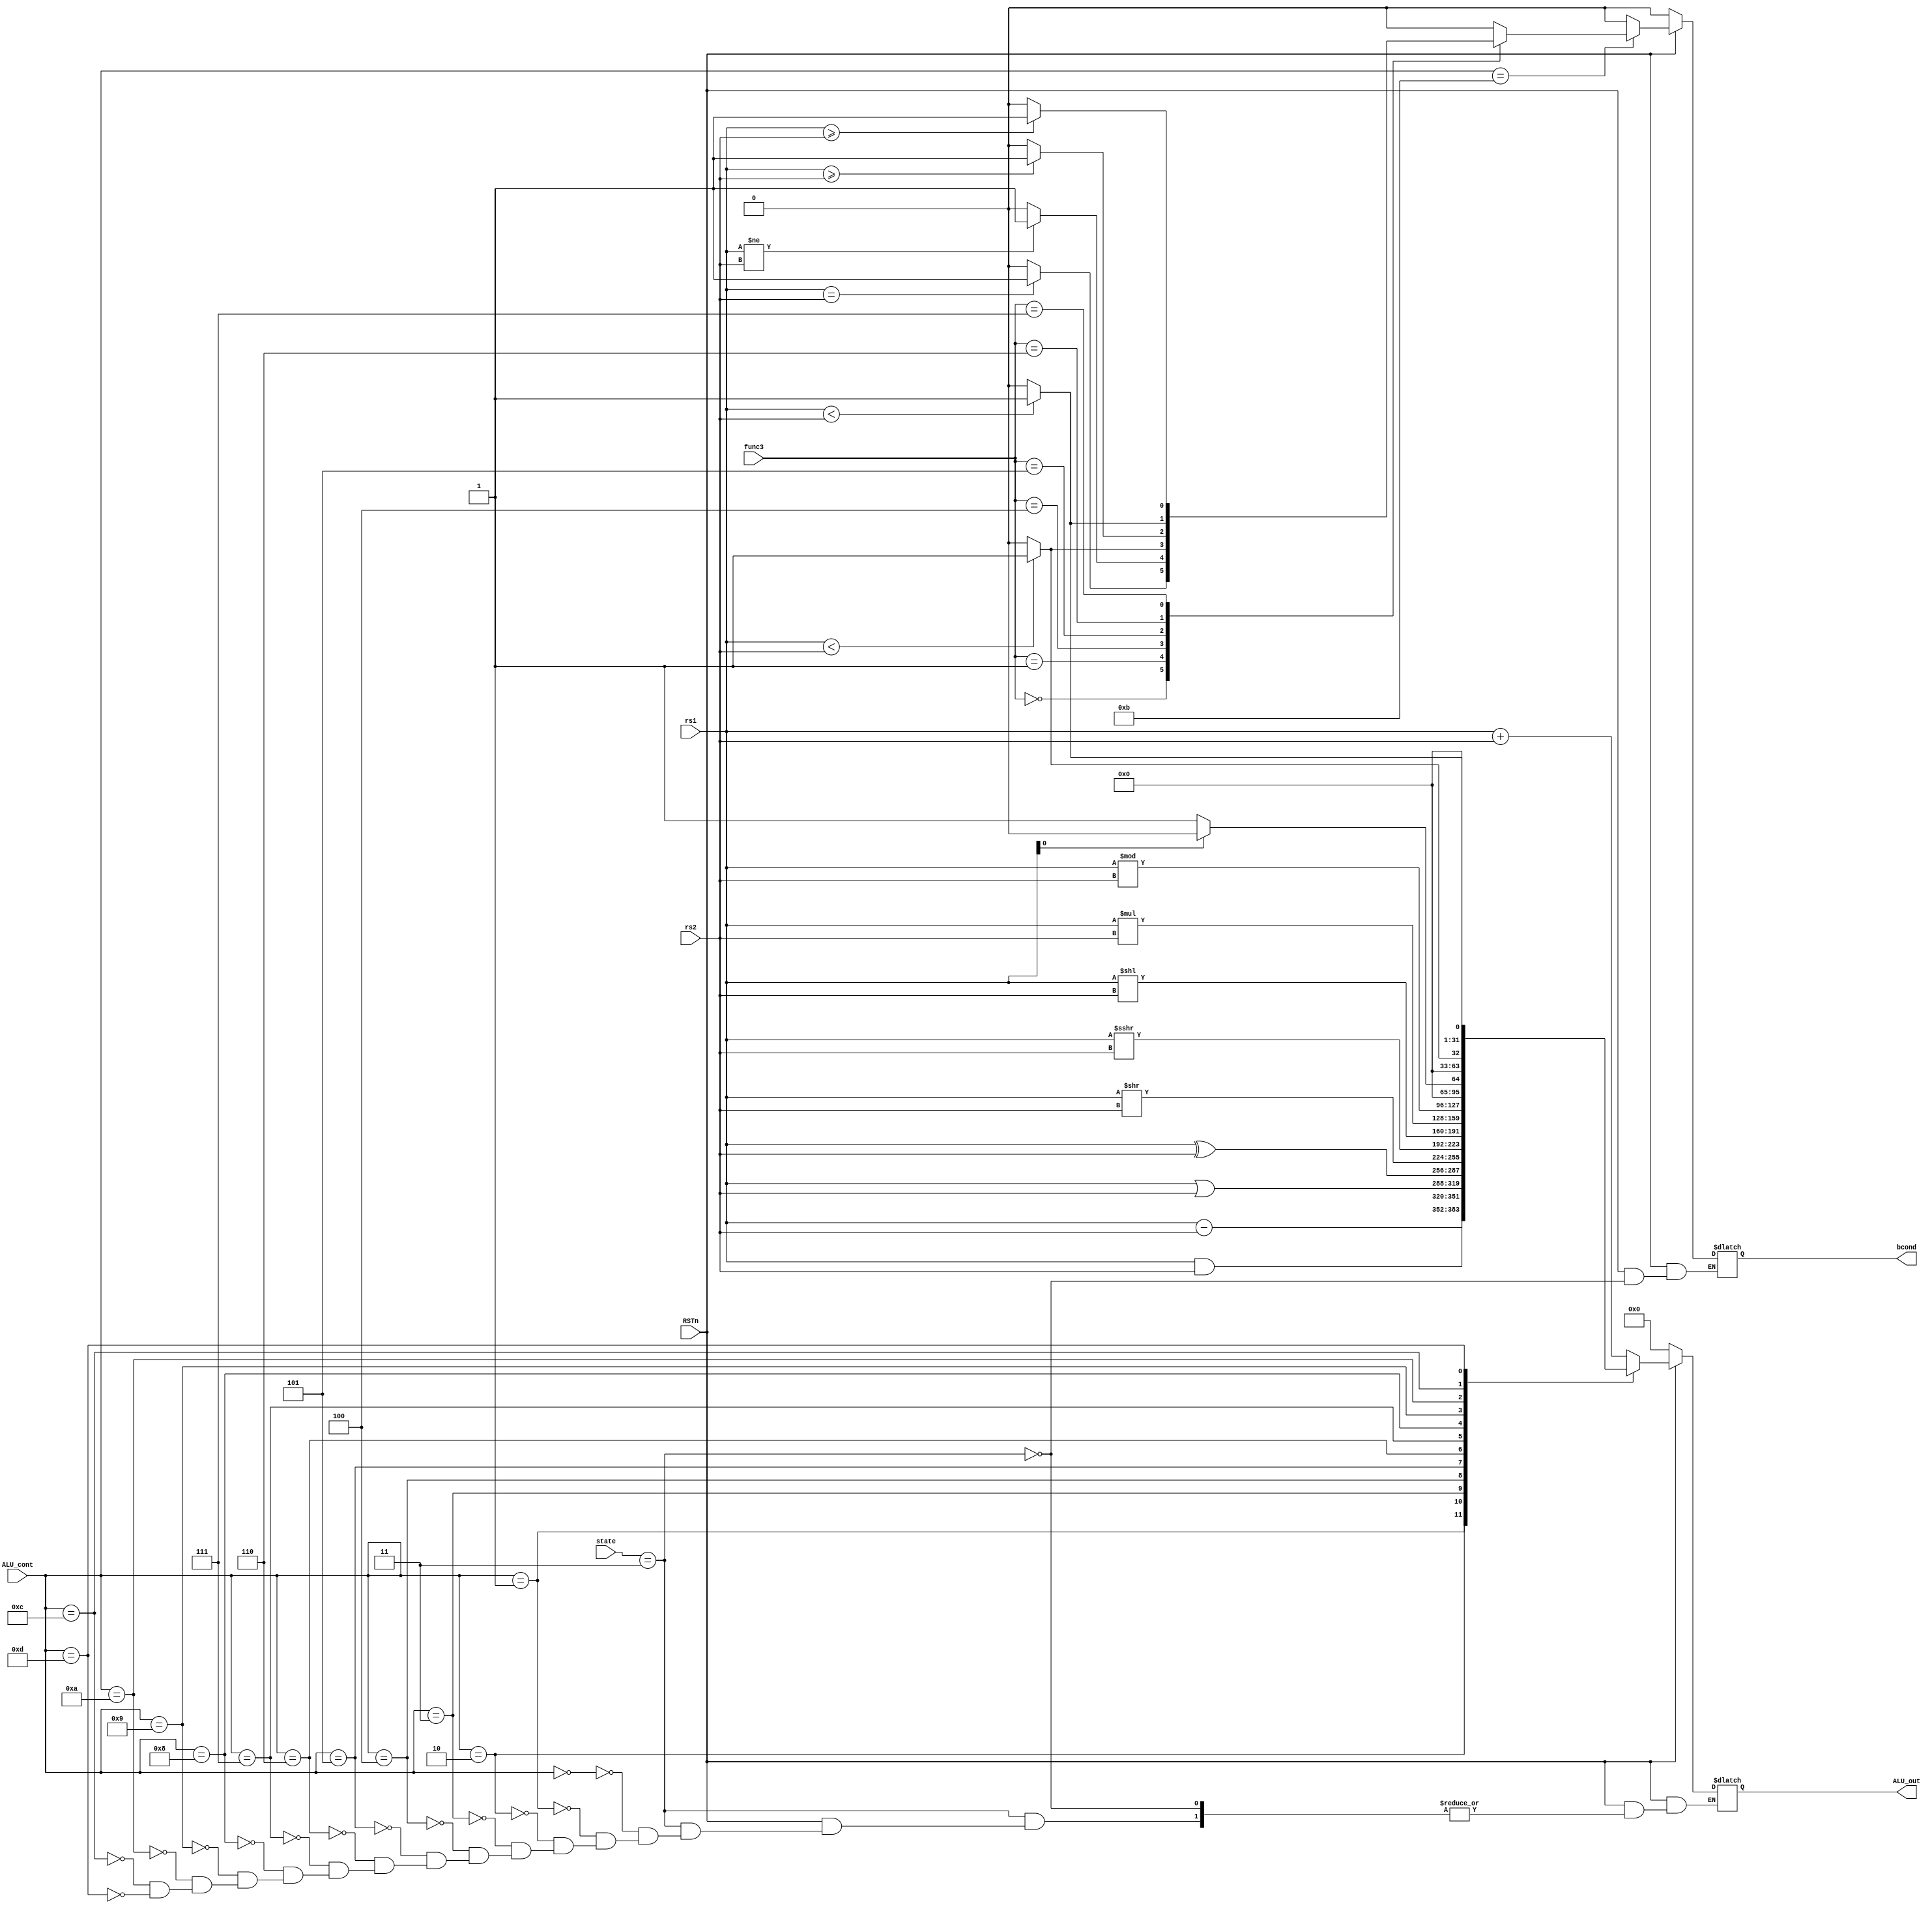
module ALU(
    
    input wire RSTn,
    input wire [2:0] func3,
    input wire [4:0] ALU_cont,
    input wire [31:0] rs1,
    input wire [31:0] rs2,
    input wire [3:0] state,

    output reg [31:0] ALU_out,
    output reg bcond
);

parameter IF  = 1;
parameter ID  = 2;
parameter EX  = 3;
parameter MEM = 4;
parameter WB  = 5;

always @(*) begin
    if (~RSTn) begin
        ALU_out = 0;
        bcond = 0;
    end else begin
        if (state == EX) begin
            bcond = 0;  //  
            //   ALU_cont   
            case (ALU_cont)
                0: ALU_out = rs1 + rs2;
                1: ALU_out = rs1 - rs2;
                2: ALU_out = rs1 & rs2;
                3: ALU_out = rs1 | rs2;
                4: ALU_out = rs1 ^ rs2;
                5: ALU_out = rs1 >> rs2;
                6: ALU_out = rs1 >>> rs2;
                7: ALU_out = rs1 << rs2;
                8: ALU_out = rs1 * rs2;
                9: ALU_out = rs1 % rs2;
                10: begin
                    if (rs1[0] == 0) ALU_out = 1;
                    else ALU_out = 0;
                end
                11: begin
                    case (func3)
                        3'b000: begin
                            if (rs1 == rs2) bcond = 1;
                            else bcond = 0;
                        end
                        3'b001: begin
                            if (rs1 != rs2) bcond = 1;
                            else bcond = 0;
                        end
                        3'b100: begin
                            if ($signed(rs1) < $signed(rs2)) bcond = 1;
                            else bcond = 0;
                        end
                        3'b101: begin
                            if ($signed(rs1) >= $signed(rs2)) bcond = 1;
                            else bcond = 0;
                        end
                        3'b110: begin
                            if (rs1 < rs2) bcond = 1;
                            else bcond = 0;
                        end
                        3'b111: begin
                            if (rs1 >= rs2) bcond = 1;
                            else bcond = 0;
                        end
                    endcase
                end
                12: begin
                    if ($signed(rs1) < $signed(rs2)) ALU_out = 1;
                    else ALU_out = 0;
                end
                13: begin
                    if (rs1 < rs2) ALU_out = 1;
                    else ALU_out = 0;
                end
            endcase
        end
    end
end
    
endmodule